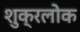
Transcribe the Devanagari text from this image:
शुक्रलोक